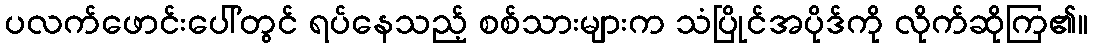
ပလက်ဖောင်းပေါ်တွင် ရပ်နေသည့် စစ်သားများက သံပြိုင်အပိုဒ်ကို လိုက်ဆိုကြ၏။